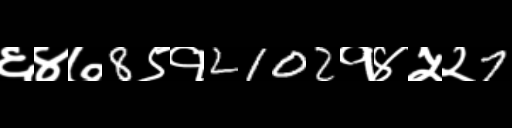
Text: ६४७8९१2102१४५२7